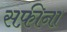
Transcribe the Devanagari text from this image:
सफ़ीना